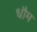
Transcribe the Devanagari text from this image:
धौम